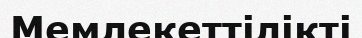
Мемлекеттілікті